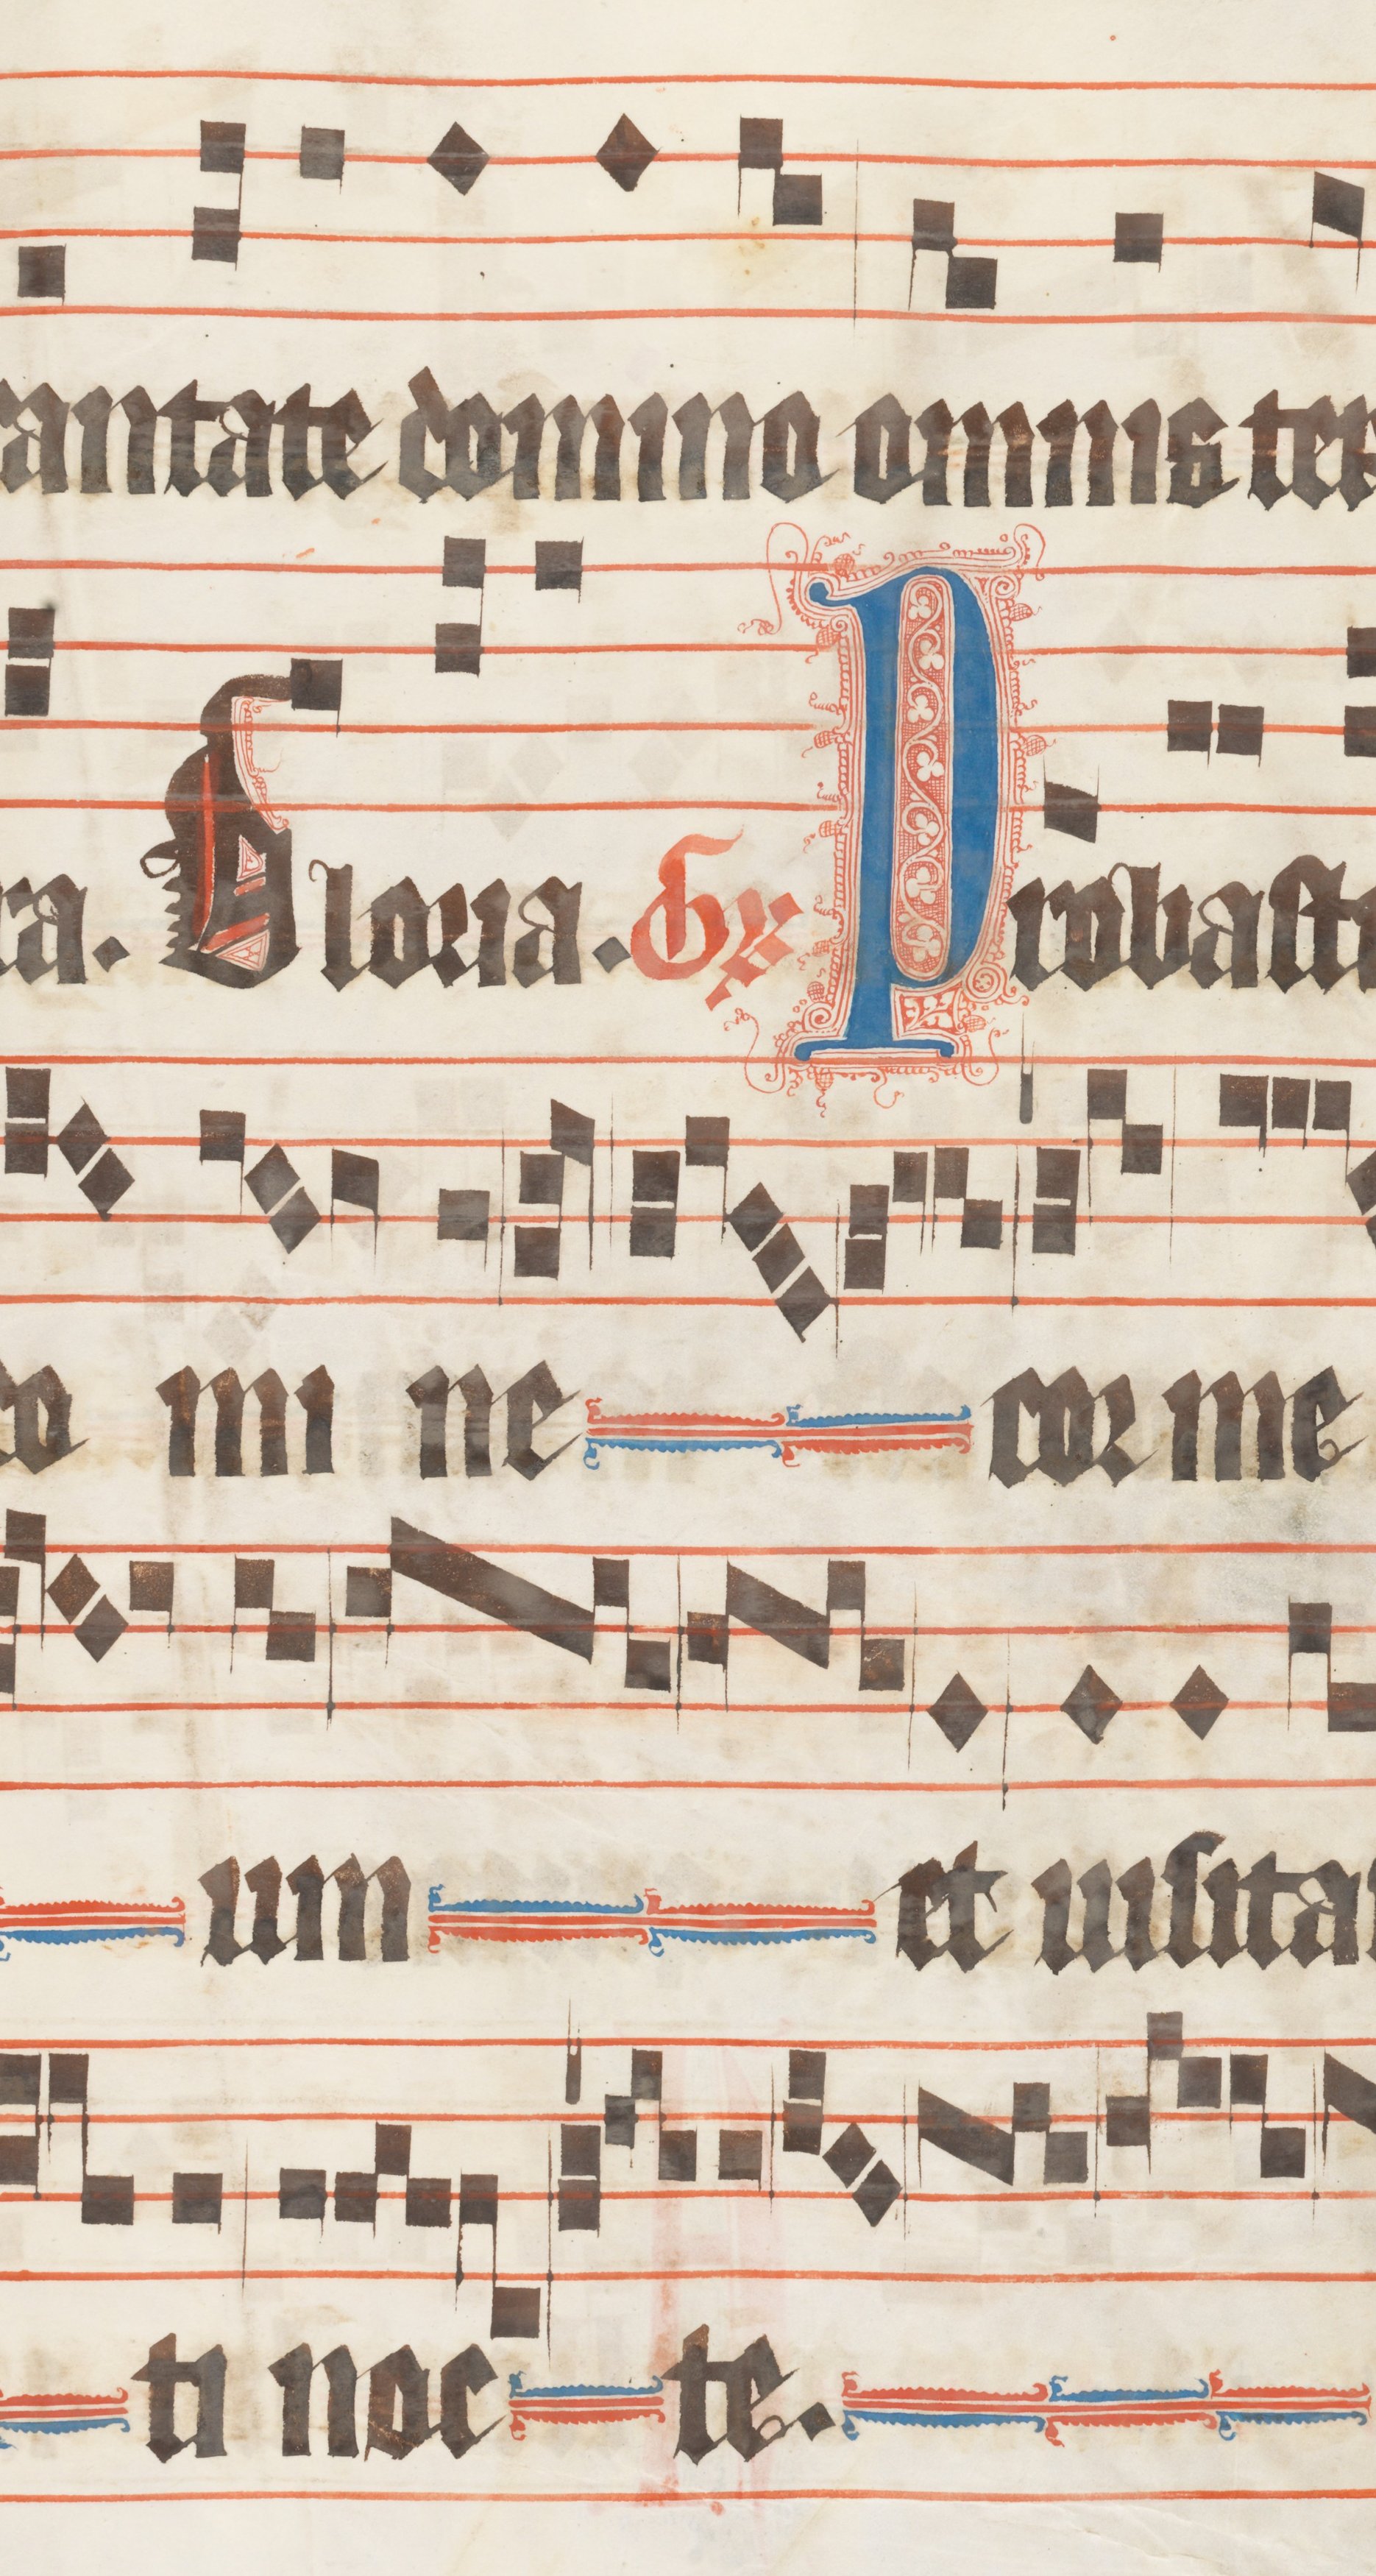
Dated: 1330–1335